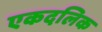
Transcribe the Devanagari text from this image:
एकदलिक